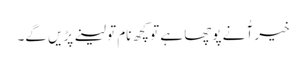
خیر آُ نے پوچھا ہے تو کچھ نام تو لینے پڑیں گے۔